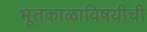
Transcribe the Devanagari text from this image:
भूतकाळाविषयीची